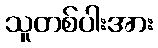
သူတစ်ပါးအား